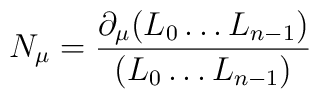
N_\mu =  \frac{\partial_\mu(L_0\ldots L_{n-1})}{(L_0\ldots L_{n-1})}